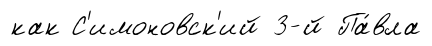
как С'имоновск'ий 3-й Па́вла